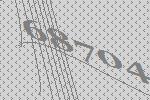
68704